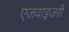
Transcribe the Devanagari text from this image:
एजवाइजरी